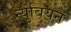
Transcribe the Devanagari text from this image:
न्युबियन